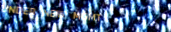
UNDER NEW MGMT